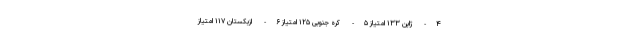
۴- ژاپن ۱۳۳ امتیاز ۵- کره جنوبی ۱۲۵ امتیاز ۶- ازبکستان ۱۱۷ امتیاز